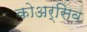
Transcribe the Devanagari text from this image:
कोअर्सिव